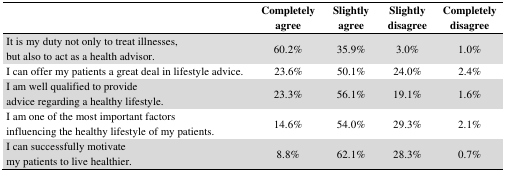
|  | Completely agree | Slightly agree | Slightly disagree | Completely disagree |
 | --- | --- | --- | --- | --- |
 | It is my duty not only to treat illnesses, but also to act as a health advisor. | 60.2% | 35.9% | 3.0% | 1.0% |
 | I can offer my patients a great deal in lifestyle advice. | 23.6% | 50.1% | 24.0% | 2.4% |
 | I am well qualified to provide advice regarding a healthy lifestyle. | 23.3% | 56.1% | 19.1% | 1.6% |
 | I am one of the most important factors influencing the healthy lifestyle of my patients. | 14.6% | 54.0% | 29.3% | 2.1% |
 | I can successfully motivate my patients to live healthier. | 8.8% | 62.1% | 28.3% | 0.7% |